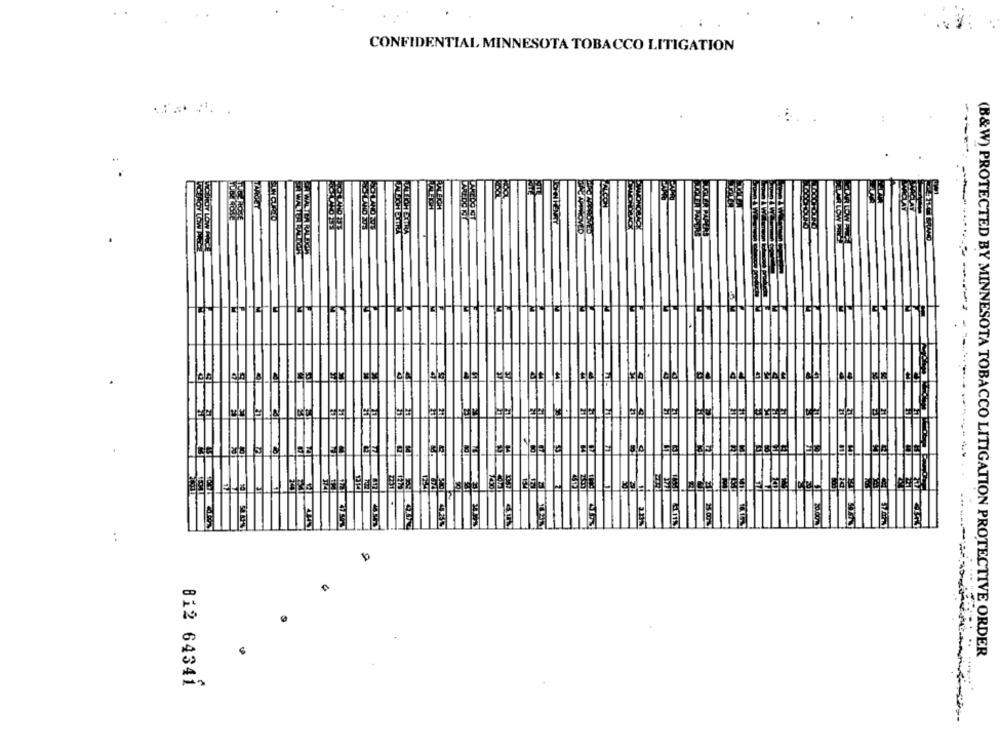
CONFIDENTIAL MINNESOTA TOBACCO LITIGATION
JOHN HENRY
LAOY LOW
ELLE
Jaje
..
(B&W) PROTECTED BY MINNESOTA TOBACCO LITIGATION PROTECTIVE ORDER
812 64341